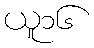
ယူ၁၆